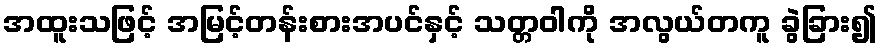
အထူးသဖြင့် အမြင့်တန်းစားအပင်နှင့် သတ္တဝါကို အလွယ်တကူ ခွဲခြား၍